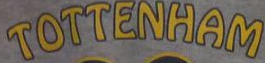
TOTTENHAM